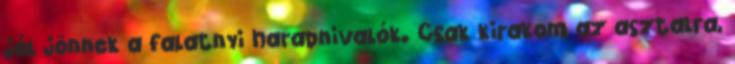
jól jönnek a falatnyi harapnivalók. Csak kirakom az asztalra,